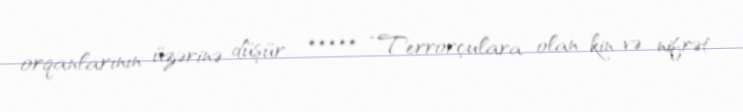
orqanlarının üzərinə düşür... ***** “Terrorçulara olan kin və nifrət